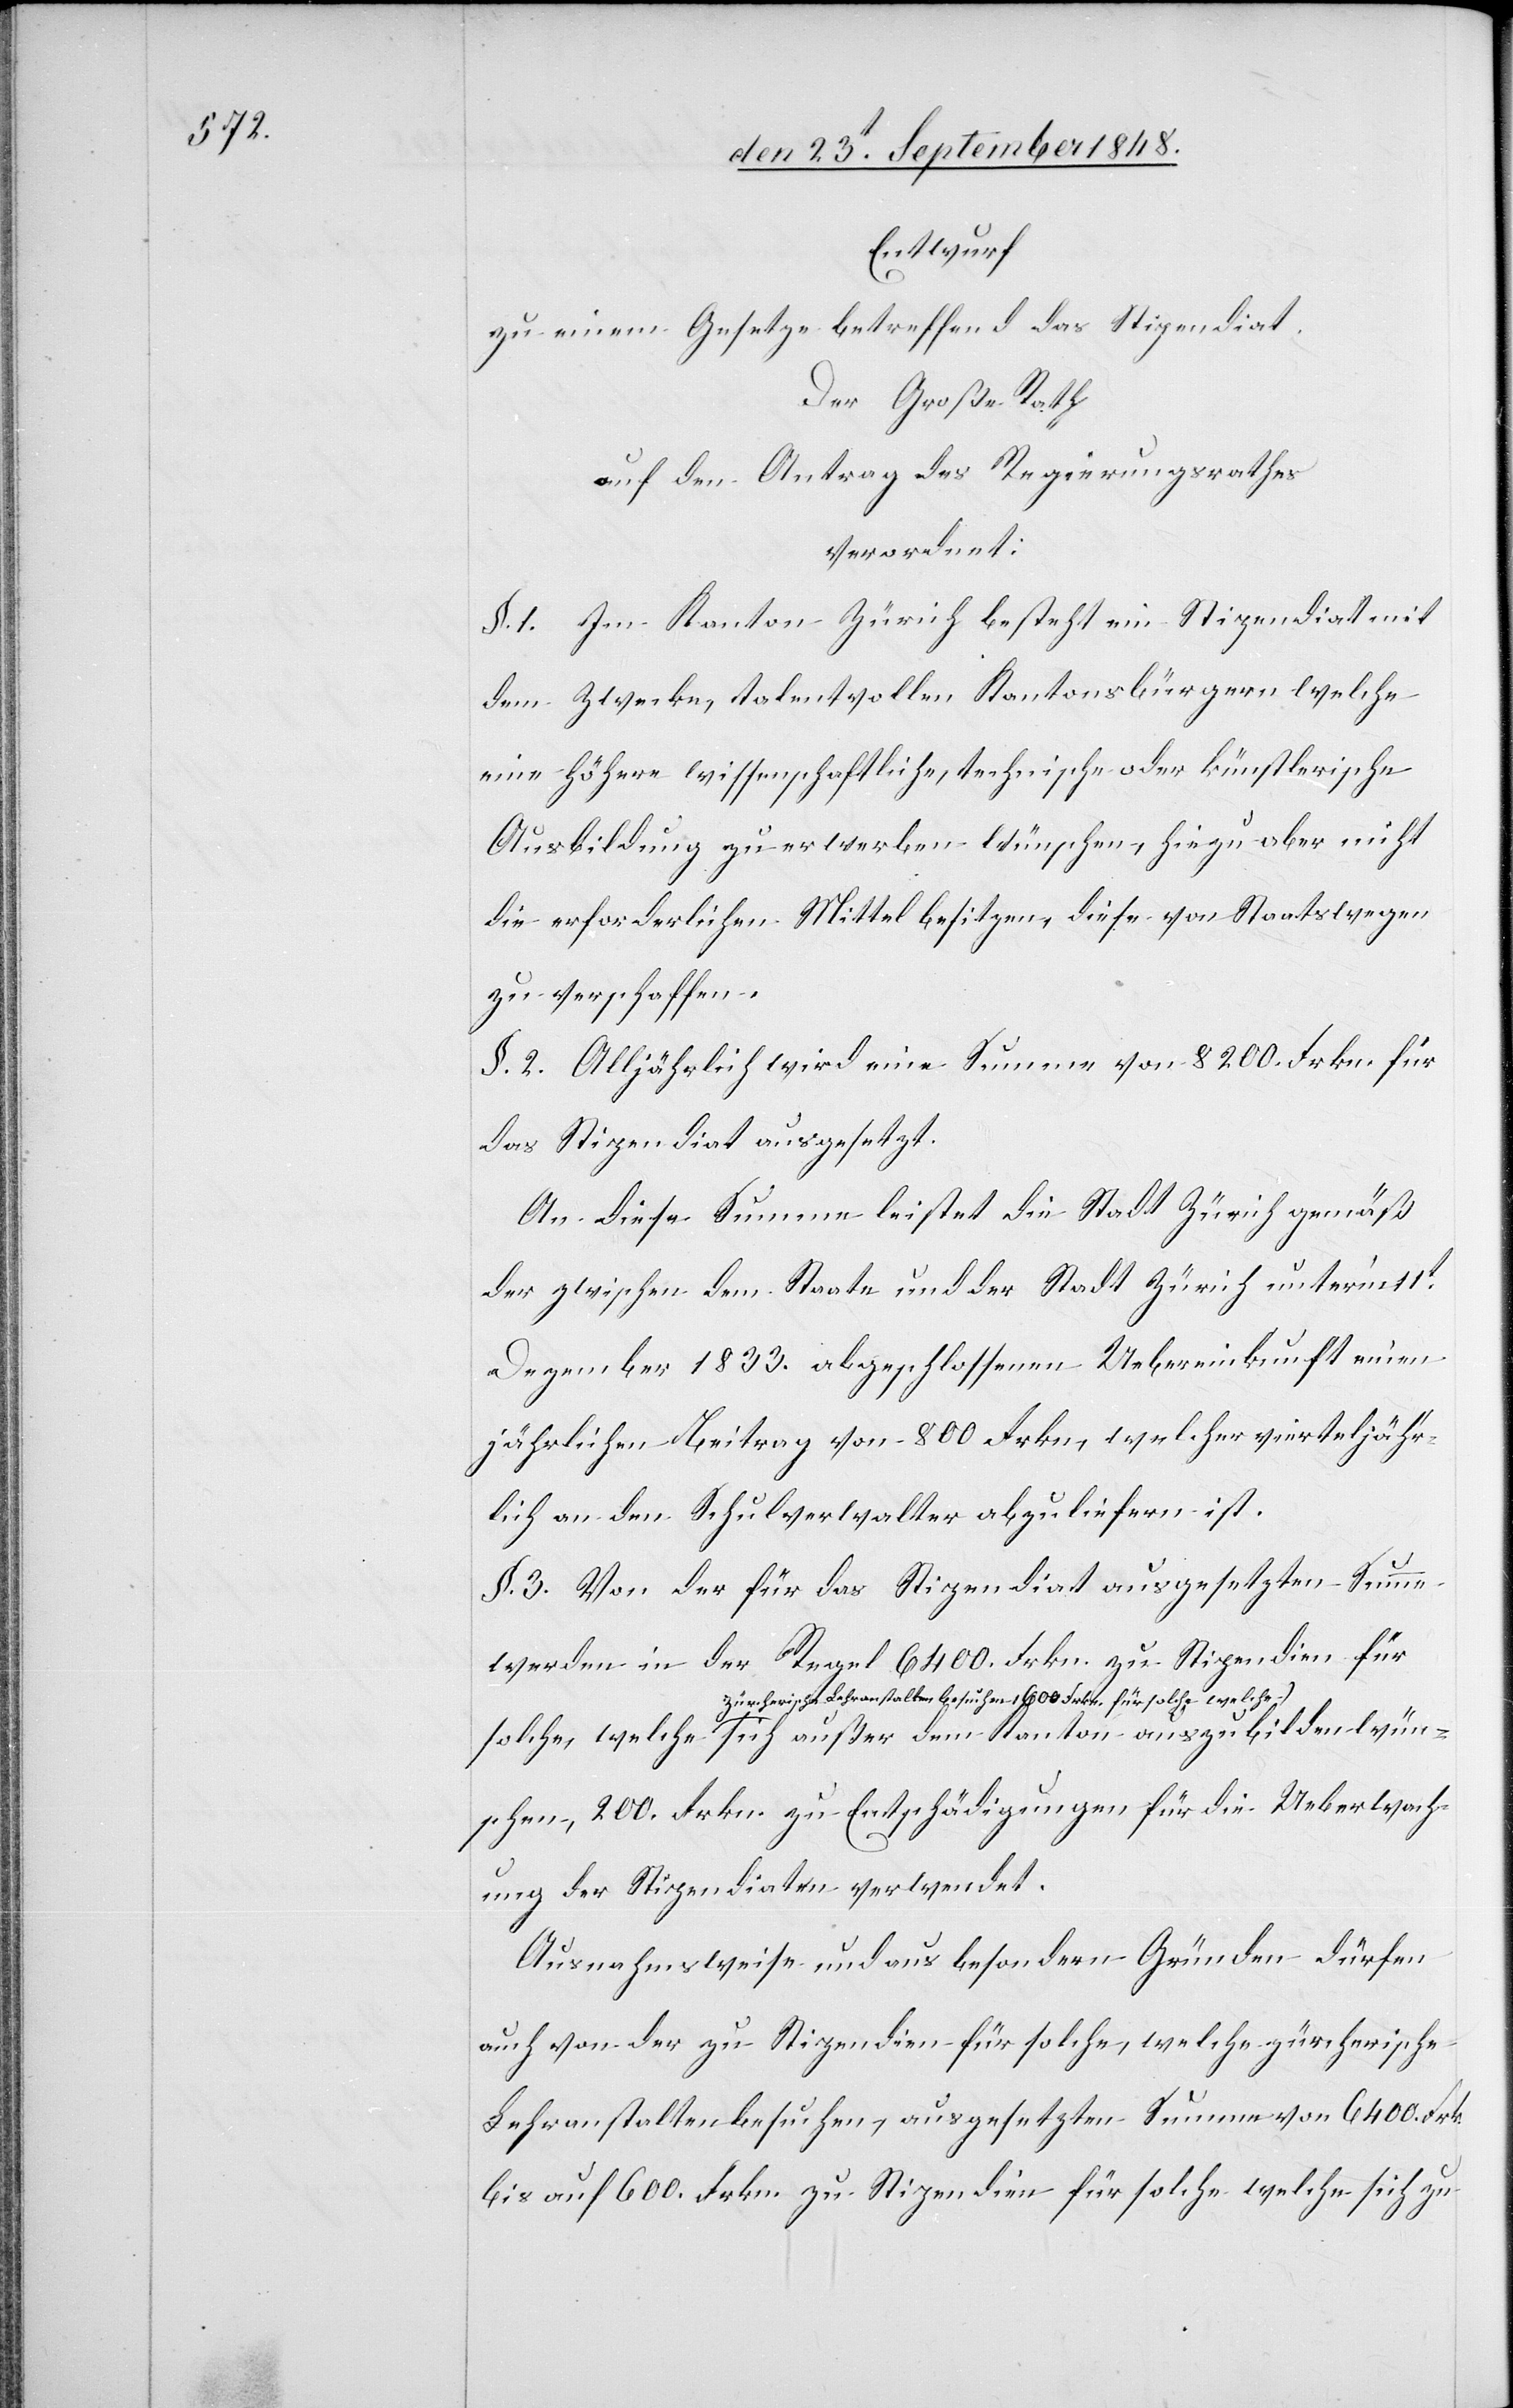
Entwurf
zu einem Gesetze betreffend das Stipendiat.
Der Große Rath
auf den Antrag des Regierungsrathes
verordnet:
§. 1. Im Kanton Zürich besteht ein Stipendiat mit
dem Zwecke, talentvollen Kantonsbürgern welche
eine höhere wissenschaftliche, technische oder künstlerisch
Ausbildung zu erwerben wünschen, hiezu aber nicht
die erforderlichen Mittel besitzen, diese von Staatswegen
zu verschaffen.
§. 2. Alljährlich wird eine Summe von 8200. Frkn. für
das Stipendiat ausgesetzt.
An diese Summe leistet die Stadt Zürich gemäß
der zwischen dem Staate und der Stadt Zürich unter’m 11t
Dezember 1833. abgeschlossenen Uebereinkunft einen
jährlichen Beitrag von 800. Frkn., welcher vierteljähr¬
lich an den Schulverwalter abzuliefern ist.
§. 3. Von der für das Stipendiat ausgesetzten Summe
werden in der Regel 6400. Frkn. zu Stipendien für
Zürcherische Lehranstalten besuchenm 1600. Frkn. für solche welche
wün¬
sche, 200. Frkn. zu Entschädigungen für die Ueberwach¬
ung der Stipendiate verwendet.
Ausnahmsweise und aus besondern Gründen dürfen
auch von der zu Stipendien für solche, welche zürcherische
Lehranstalten besuchen, ausgesetzten Summe von 6400. Frk.
bis auf 600. Frkn. zu Stipendien für solche welche sich zu